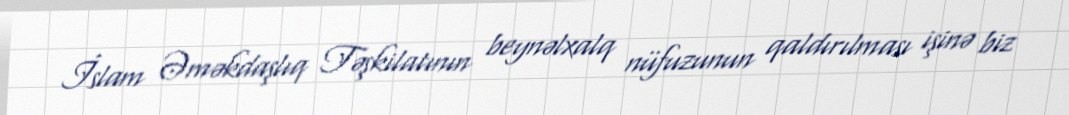
İslam Əməkdaşlıq Təşkilatının beynəlxalq nüfuzunun qaldırılması işinə biz